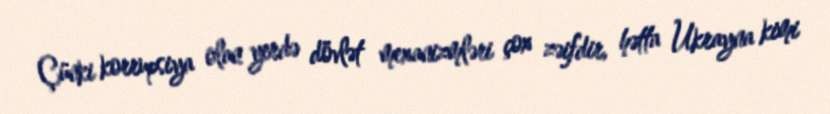
Çünki korrupsiya olan yerdə dövlət mexanizmləri çox zəifdir, hətta Ukrayna kimi